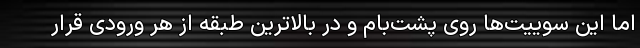
اما این سوییت‌ها روی پشت‌بام و در بالاترین طبقه از هر ورودی قرار